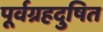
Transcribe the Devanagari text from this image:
पूर्वग्रहदुषित